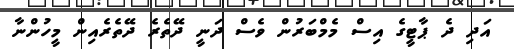
އަދި ދެ ޕާޓީގެ އިސް މެމްބަރުން ވެސް ދަނީ ދޭތެރެ ދޭތެރެއިން މީހުންނާ